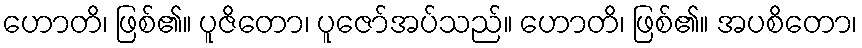
ဟောတိ၊ ဖြစ်၏။ ပူဇိတော၊ ပူဇော်အပ်သည်။ ဟောတိ၊ ဖြစ်၏။ အပစိတော၊